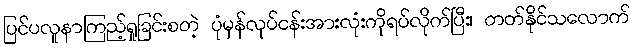
ပြင်ပလူနာကြည့်ရှုခြင်းစတဲ့ ပုံမှန်လုပ်ငန်းအားလုံးကိုရပ်လိုက်ပြီး၊ တတ်နိုင်သလောက်